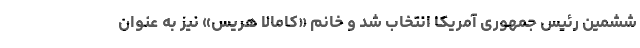
ششمین رئیس جمهوری آمریکا انتخاب شد و خانم «کامالا هَریس» نیز به عنوان